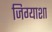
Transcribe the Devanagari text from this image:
जिग्याशा